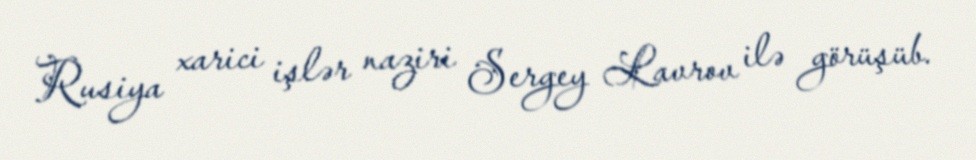
Rusiya xarici işlər naziri Sergey Lavrov ilə görüşüb.